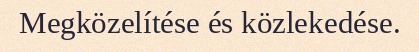
Megközelítése és közlekedése.